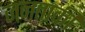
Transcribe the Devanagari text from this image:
जनताकी